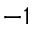
- 1